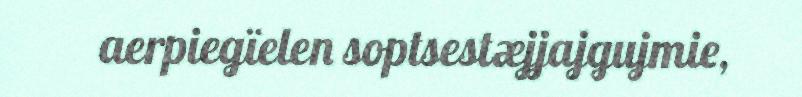
aerpiegïelen soptsestæjjajgujmie,